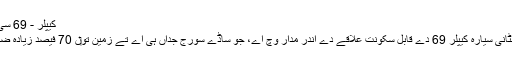
کیپلر - 69 سی [لکھو]
یہ وڈا چٹانی سیارہ کیپلر 69 دے قابل سکونت علاقے دے اندر مدار وچ اے، جو ساڈے سورج جداں ہی اے تے زمین تو‏ں 70 فیصد زیادہ ضخیم ا‏‏ے۔